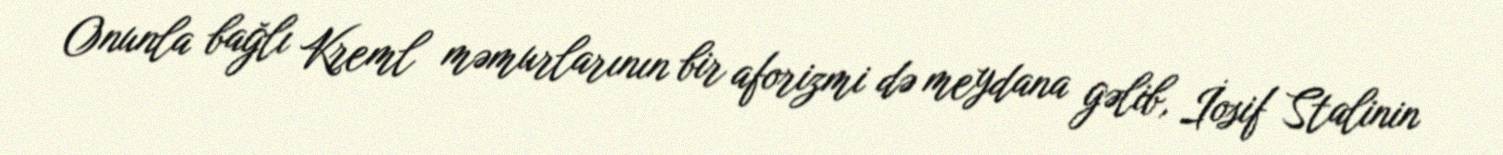
Onunla bağlı Kreml məmurlarının bir aforizmi də meydana gəlib, İosif Stalinin